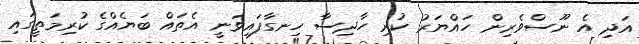
އަދި އެ ނޫސްވެރިން ހައްޔަރު ކުރި ހާދިސާ ހިނގާފައިވަނީ އެތައް ބަޔެއްގެ ކުރިމަތީގައި